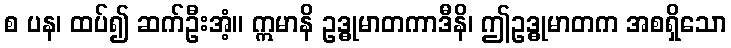
စ ပန၊ ထပ်၍ ဆက်ဦးအံ့။ ဣမာနိ ဥဒ္ဓုမာတကာဒီနိ၊ ဤဥဒ္ဓုမာတက အစရှိသော